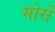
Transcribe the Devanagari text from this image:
मोर्से